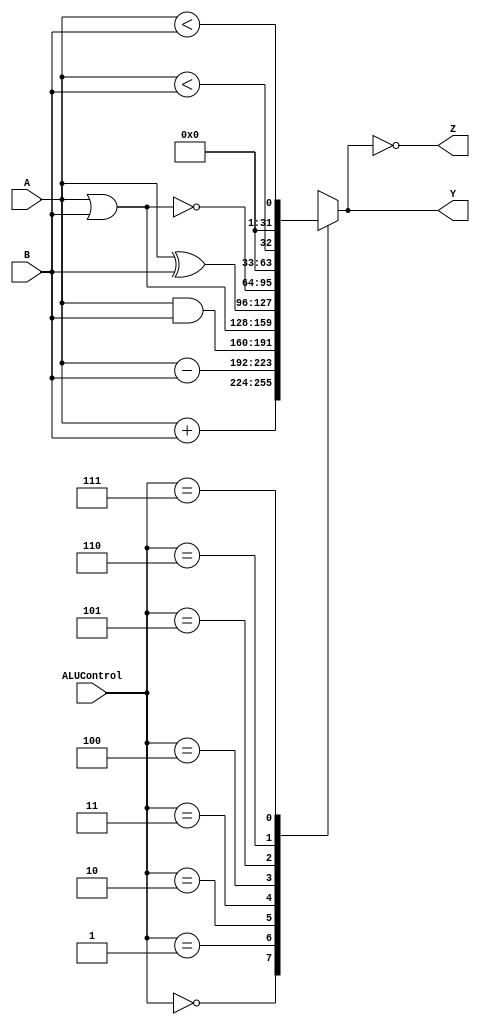
`timescale 1ns / 1ps
module ALU(input [31:0]A, B,
			input [2:0]ALUControl,
			output reg [31:0]Y,
			output wire Z);
	
		assign Z = Y == 32'h00000000;
	
	always @(*) begin
		
		case(ALUControl)
			3'b000:
				Y = A + B;
			3'b001:
				Y = A - B;
			3'b010:
				Y = A & B;
			3'b011:
				Y = A | B;
			3'b100:
				Y = A ^ B;
			3'b101:
				Y = ~(A | B);
			3'b110:
				Y = $signed(A) < $signed(B);
			3'b111:
				Y = A < B;
		endcase
		
	end

endmodule